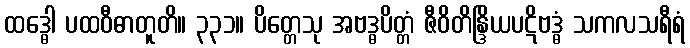
ထဒ္ဓေါ ပထဝီဓာတူတိ။ ၃၃၁။ ပိတ္တေသု အဗဒ္ဓပိတ္တံ ဇီဝိတိန္ဒြိယပဋိဗဒ္ဓံ သကလသရီရံ